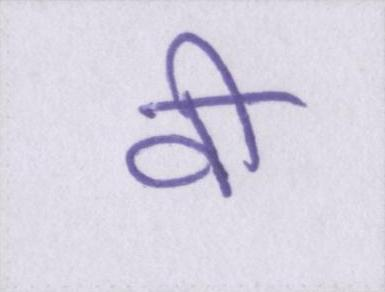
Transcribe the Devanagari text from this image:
वी